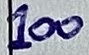
Text: 100